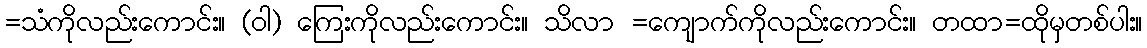
=သံကိုလည်းကောင်း။ (ဝါ) ကြေးကိုလည်းကောင်း။ သိလာ =ကျောက်ကိုလည်းကောင်း။ တထာ=ထိုမှတစ်ပါး။